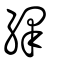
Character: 繹